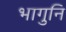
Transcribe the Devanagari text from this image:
भागुनि